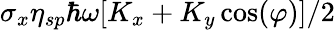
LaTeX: \sigma_{x}\eta_{sp}\hbar\omega[K_{x}+K_{y}\cos(\varphi)]/2